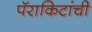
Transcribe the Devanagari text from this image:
पॅराकिटांची